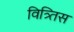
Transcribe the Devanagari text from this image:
वित्र्तिस